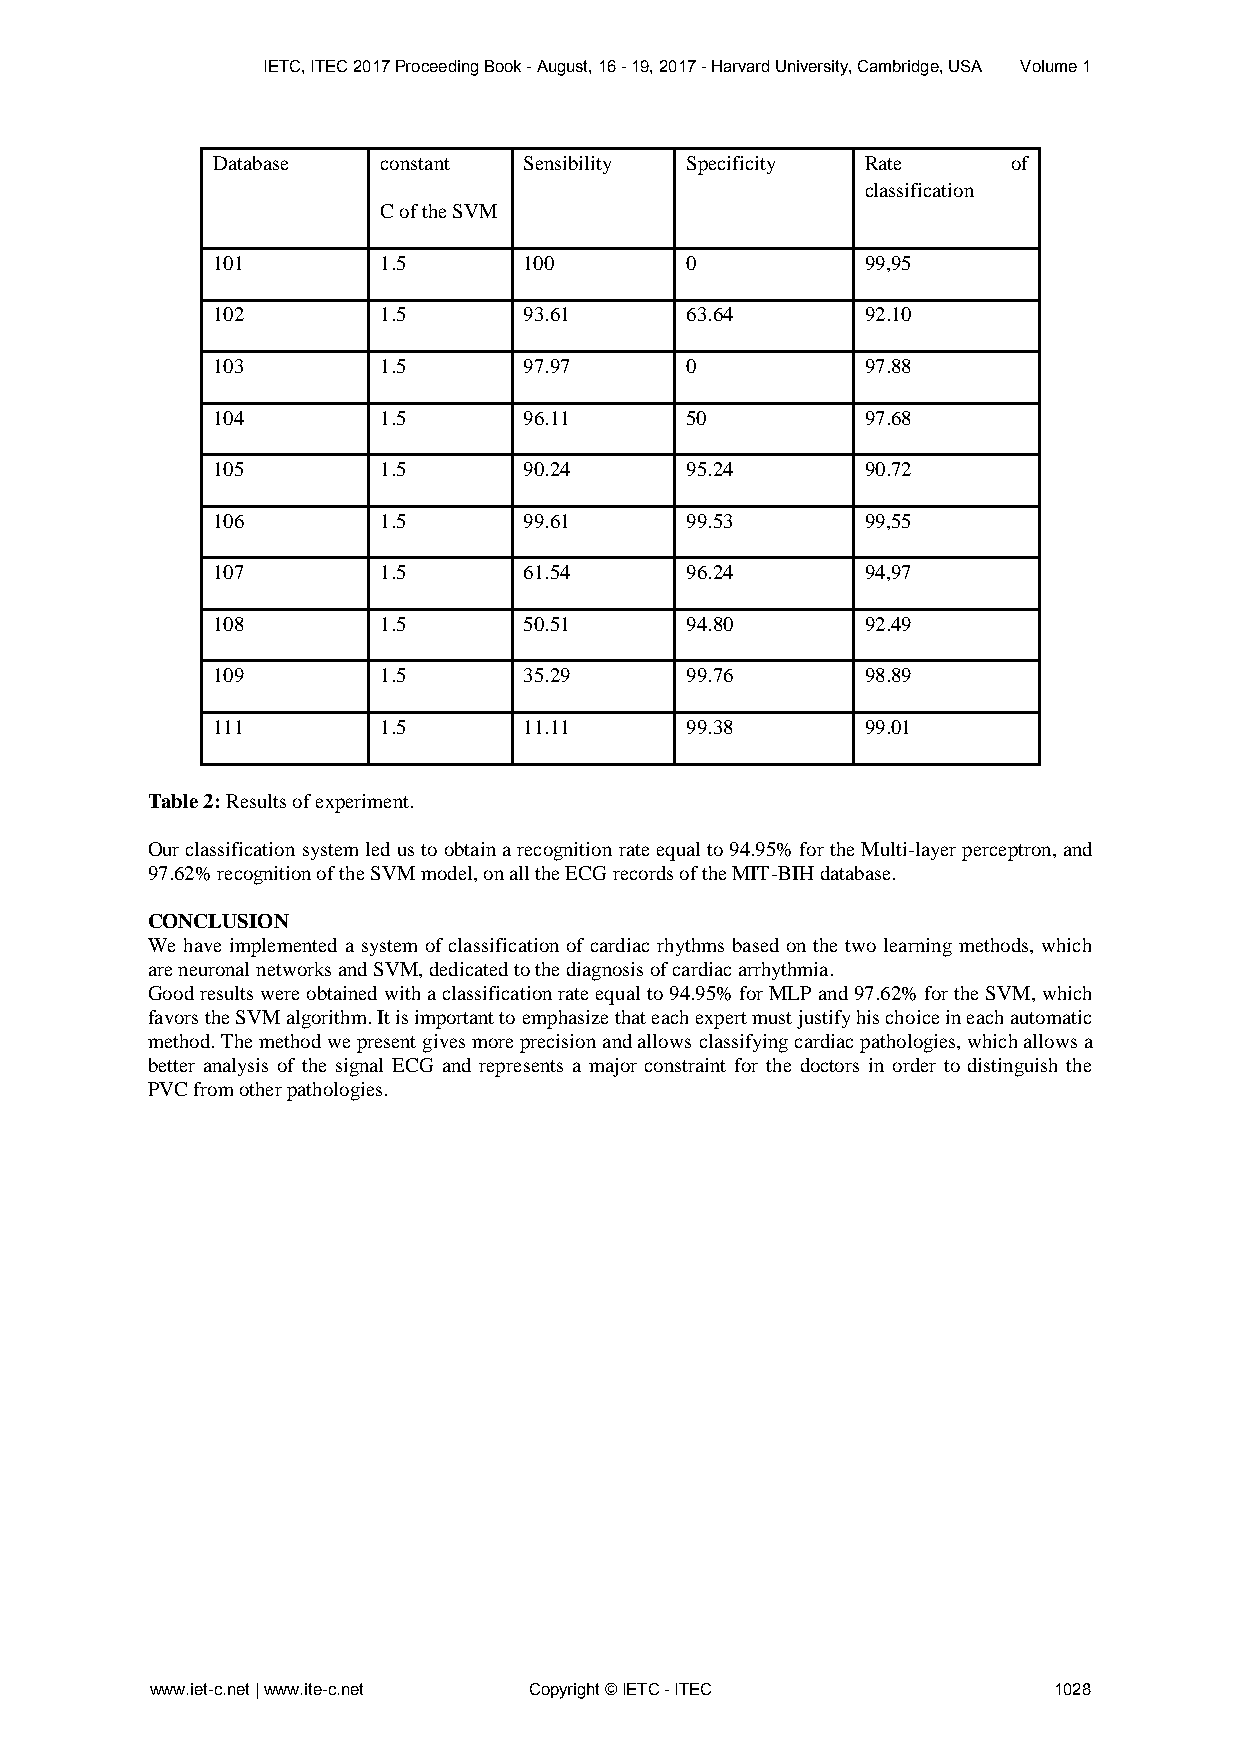
IETC, ITEC 2017 Proceeding Book - August, 16 - 19, 2017 - Harvard University, Cambridge, USA Volume 1
 Database   constant  Sensibility Specificity Rate    of
 classification
 C of the SVM
 101        1.5       100       0           99,95
 102        1.5       93.61     63.64       92.10
 103        1.5       97.97     0           97.88
 104        1.5       96.11     50          97.68
 105        1.5       90.24     95.24       90.72
 106        1.5       99.61     99.53       99,55
 107        1.5       61.54     96.24       94,97
 108        1.5       50.51     94.80       92.49
 109        1.5       35.29     99.76       98.89
 111        1.5       11.11     99.38       99.01
 Table 2: Results of experiment.
 Our classification system led us to obtain a recognition rate equal to 94.95% for the Multi-layer perceptron, and
 97.62% recognition of the SVM model, on all the ECG records of the MIT-BIH database.
 CONCLUSION
 We have implemented a system of classification of cardiac rhythms based on the two learning methods, which
 are neuronal networks and SVM, dedicated to the diagnosis of cardiac arrhythmia.
 Good results were obtained with a classification rate equal to 94.95% for MLP and 97.62% for the SVM, which
 favors the SVM algorithm. It is important to emphasize that each expert must justify his choice in each automatic
 method. The method we present gives more precision and allows classifying cardiac pathologies, which allows a
 better analysis of the signal ECG and represents a major constraint for the doctors in order to distinguish the
 PVC from other pathologies.
 www.iet-c.net | www.ite-c.net Copyright © IETC - ITEC       1028